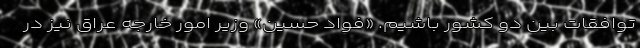
توافقات بین دو کشور باشیم. «فواد حسین» وزیر امور خارجه عراق نیز در